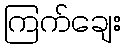
ကြက်ချေး